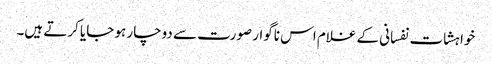
خواہشات نفسانی کے غلام اس ناگوار صورت سے دوچار ہو جایا کرتے ہیں۔